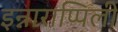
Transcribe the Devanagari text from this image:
इन्नाराप्पिली